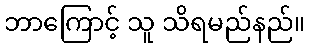
ဘာကြောင့် သူ သိရမည်နည်။